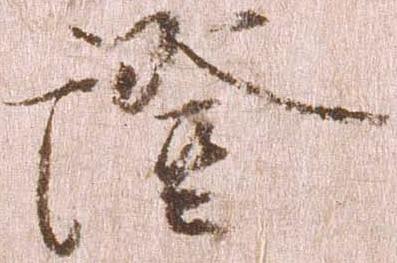
証